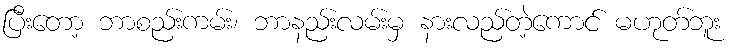
ပြီးတော့ ဘာစည်းကမ်း၊ ဘာနည်းလမ်းမှ နားလည်တဲ့ကောင် မဟုတ်ဘူး